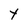
Character: Y